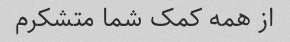
از همه کمک شما متشکرم